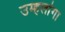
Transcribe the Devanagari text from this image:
उम्हलांगा